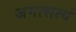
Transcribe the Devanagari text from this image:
जगत्सत्यं